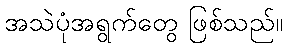
အသဲပုံအရွက်တွေ ဖြစ်သည်။